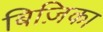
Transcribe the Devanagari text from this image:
बिज़िका